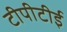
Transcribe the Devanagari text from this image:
टीपीटीई